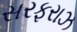
સરફરાઝ